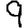
Digit: 9